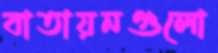
বাতায়নগুলো